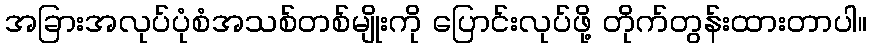
အခြားအလုပ်ပုံစံအသစ်တစ်မျိုးကို ပြောင်းလုပ်ဖို့ တိုက်တွန်းထားတာပါ။